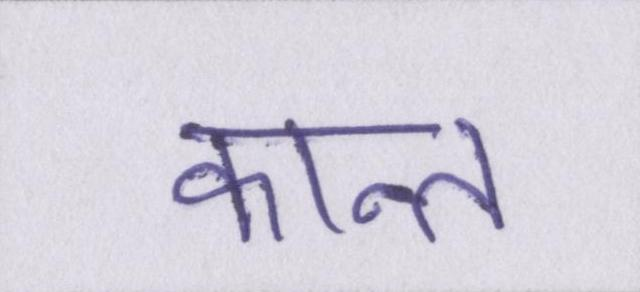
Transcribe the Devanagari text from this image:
कान्त